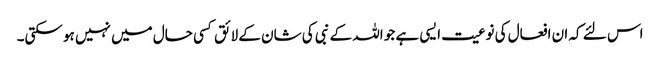
اس لئے کہ ان افعال کی نوعیت ایسی ہے جو اللہ کے نبی کی شان کے لائق کسی حال میں نہیں ہو سکتی۔